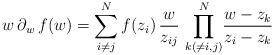
LaTeX: \begin{align*}w\,\partial_w \, f(w) = \sum_{i \neq j}^N f(z_i)\, \frac{w}{z_{ij}} \, \prod_{k(\neq i,j)}^N \! \frac{w - z_k}{z_i - z_k}\end{align*}